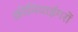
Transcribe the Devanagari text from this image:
क़ीमियाईगरों